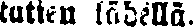
tatien lähellä.